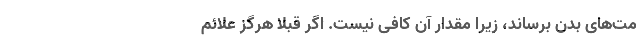
مت‌های بدن برساند، زیرا مقدار آن کافی نیست. اگر قبلاً هرگز علائم